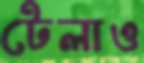
টেলাও